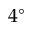
4 ^ { \circ }